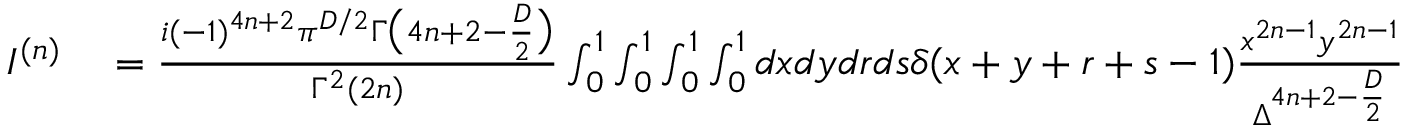
\begin{array} { r l } { I ^ { ( n ) } } & { { } = \frac { i ( - 1 ) ^ { 4 n + 2 } \pi ^ { D / 2 } \Gamma \big ( 4 n + 2 - \frac { D } { 2 } \big ) } { \Gamma ^ { 2 } ( 2 n ) } \int _ { 0 } ^ { 1 } \int _ { 0 } ^ { 1 } \int _ { 0 } ^ { 1 } \int _ { 0 } ^ { 1 } d x d y d r d s \delta ( x + y + r + s - 1 ) \frac { x ^ { 2 n - 1 } y ^ { 2 n - 1 } } { \Delta ^ { 4 n + 2 - \frac { D } { 2 } } } } \end{array}